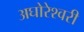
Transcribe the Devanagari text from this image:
अघोरेश्वरी